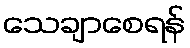
သေချာစေရန်